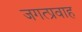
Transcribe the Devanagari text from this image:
जगत्प्रवाह